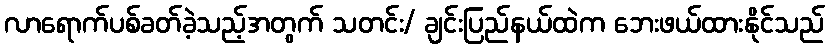
လာရောက်ပစ်ခတ်ခဲ့သည့်အတွက် သတင်း/ ချင်းပြည်နယ်ထဲက ဘေးဖယ်ထားနိုင်သည်